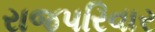
રાજપરિવાર